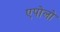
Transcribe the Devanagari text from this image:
एपोलो